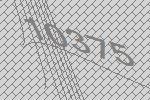
10375